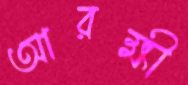
আরক্ষী